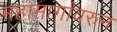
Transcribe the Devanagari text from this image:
महामार्गांवरुन